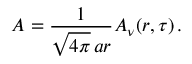
A = \frac { 1 } { \sqrt { 4 \pi } \, a r } A _ { \nu } ( r , \tau ) \, .